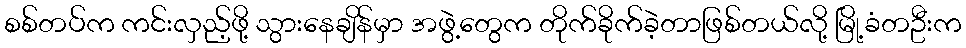
စစ်တပ်က ကင်းလှည့်ဖို့ သွားနေချိန်မှာ အဖွဲ့တွေက တိုက်ခိုက်ခဲ့တာဖြစ်တယ်လို့ မြို့ခံတဦးက